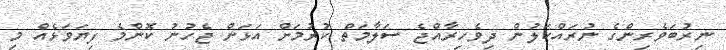
ނިރުބަވެރިންގެ ނުރައްކަލުން ދިވެހިރާއްޖެ ސަލާމަތް ކުރުމަށް އަޅަން ޖެހުނު ކޮންމެ ފިޔަވަޅެއް މި